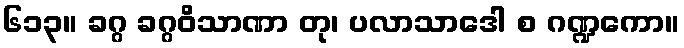
၆၁၃။ ခဂ္ဂ ခဂ္ဂဝိသာဏာ တု၊ ပလာသာဒေါ စ ဂဏ္ဍကော။